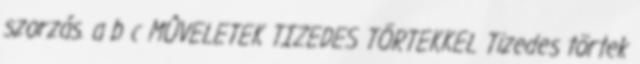
szorzás. a b c MÛVELETEK TIZEDES TÖRTEKKEL Tizedes törtek